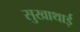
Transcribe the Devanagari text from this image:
सुखाथाई